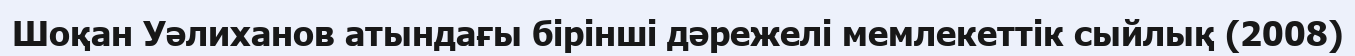
Шоқан Уәлиханов атындағы бірінші дәрежелі мемлекеттік сыйлық (2008)